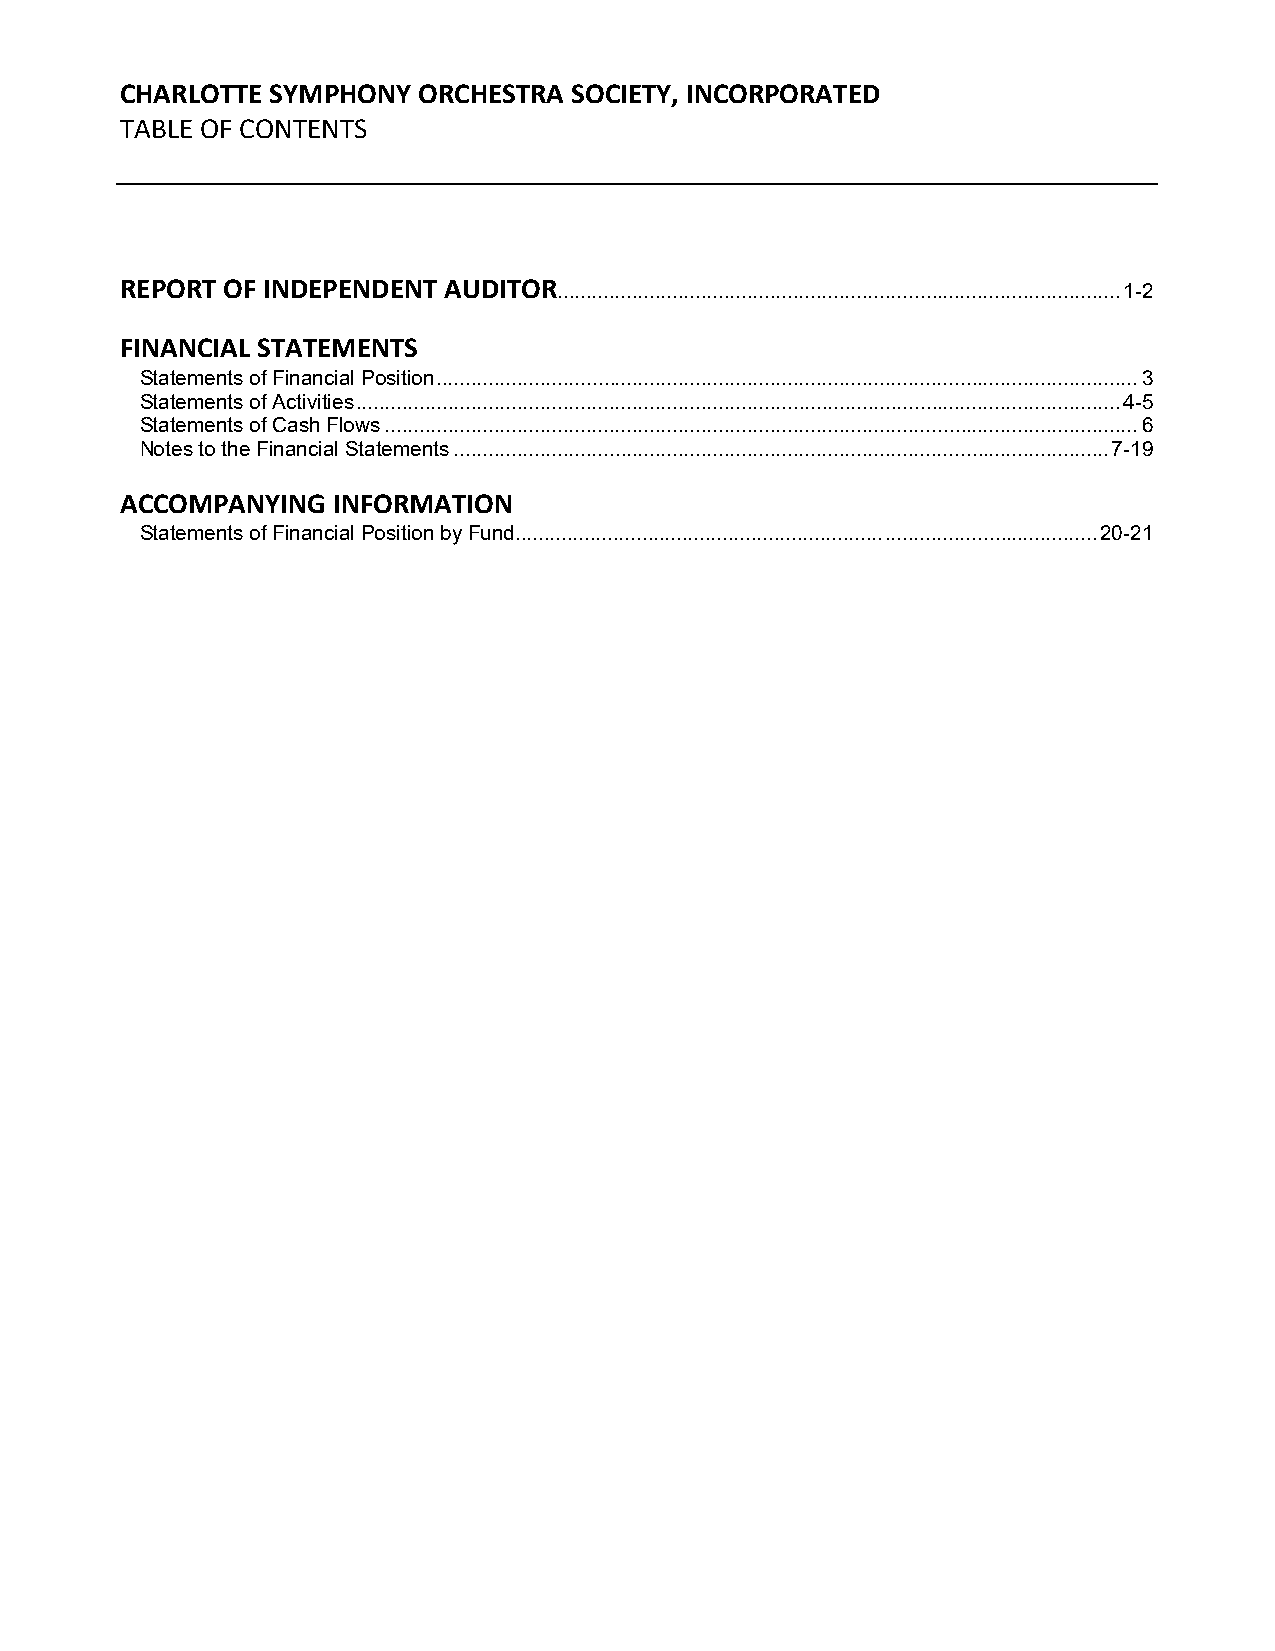
CHARLOTTE SYMPHONY  ORCHESTRA SOCIETY, INCORPORATED
 TABLE OF CONTENTS
 REPORT OF INDEPENDENT AUDITOR... ............................................................................................... 1-2
 FINANCIAL STATEMENTS
 Statements of Financial Position .......................................................................................................................... 3
 Statements of Activities ..................................................................................................................................... 4-5
 Statements of Cash Flows ................................................................................................................................... 6
 Notes to the Financial Statements .................................................................................................................. 7-19
 ACCOMPANYING  INFORMATION
 Statements of Financial Position by Fund................................................................ ..................................... 20-21